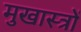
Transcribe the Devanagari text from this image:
मुखास्त्रों